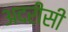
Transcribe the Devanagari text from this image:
अदरीसी